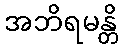
အဘိရမန္တိ